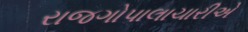
રાજગોપાલાચારીએ